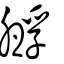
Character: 孵